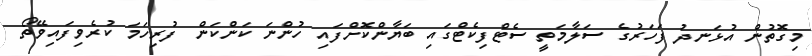
މިގޮތުން އުޅަނދު ފަހަރުގެ ސަލާމަތީ ސެޓްފިކެޓްގައި ބަޔާންކޮށްފައި ހުންނަ ކަންކަން ފުރިހަމަ ކުރެވިފައިވޭތޯ